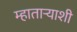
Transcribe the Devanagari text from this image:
म्हाताऱ्याशी